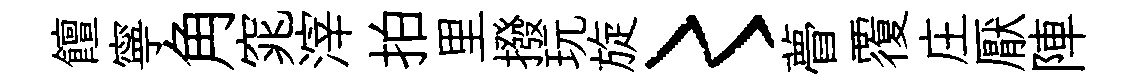
饘寧角窕滓拍里撥玩旋〻瞢覆庄厭陣